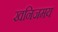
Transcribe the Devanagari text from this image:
खनिजमय